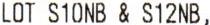
LOT S10NB & S12NB,